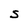
Character: S